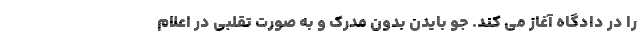
را در دادگاه آغاز می کند. جو بایدن بدون مدرک و به صورت تقلبی در اعلام